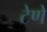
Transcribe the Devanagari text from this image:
टेणे